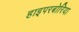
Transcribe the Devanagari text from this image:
हाइपरबोरिया